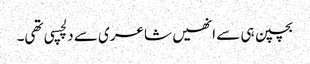
بچپن ہی سے انھیں شاعری سے دلچسپی تھی۔